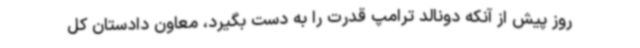
روز پیش از آنکه دونالد ترامپ قدرت را به دست بگیرد، معاون دادستان کل